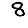
Digit: 8